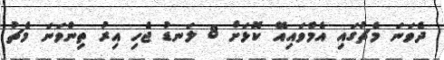
ދެވަނަ މެޗުގައި އެމްވައިއޭ ކޮޅަށް 8 ލަނޑު ޖެހި އިރު ތިންވަނަ މެޗު